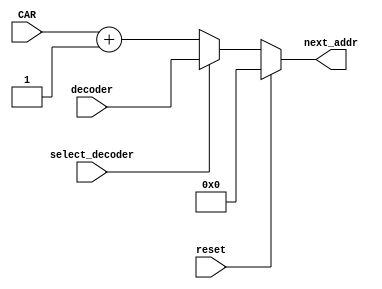
module NAG #(parameter N = 7)(
  input [N-1:0] CAR,
  input [N-1:0] decoder,
  input reset,
  input select_decoder,
  output [N-1:0] next_addr
);
  assign next_addr = (reset ? 'b0 : (select_decoder ? decoder : CAR + 1));

endmodule